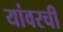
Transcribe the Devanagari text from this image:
यांवरची